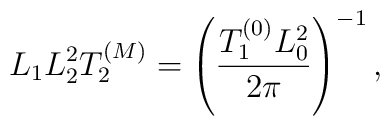
L_1 L_2^2 T_2^{(M)} = \left({T_1^{(0)} L_0^2\over 2\pi}\right)^{-1},